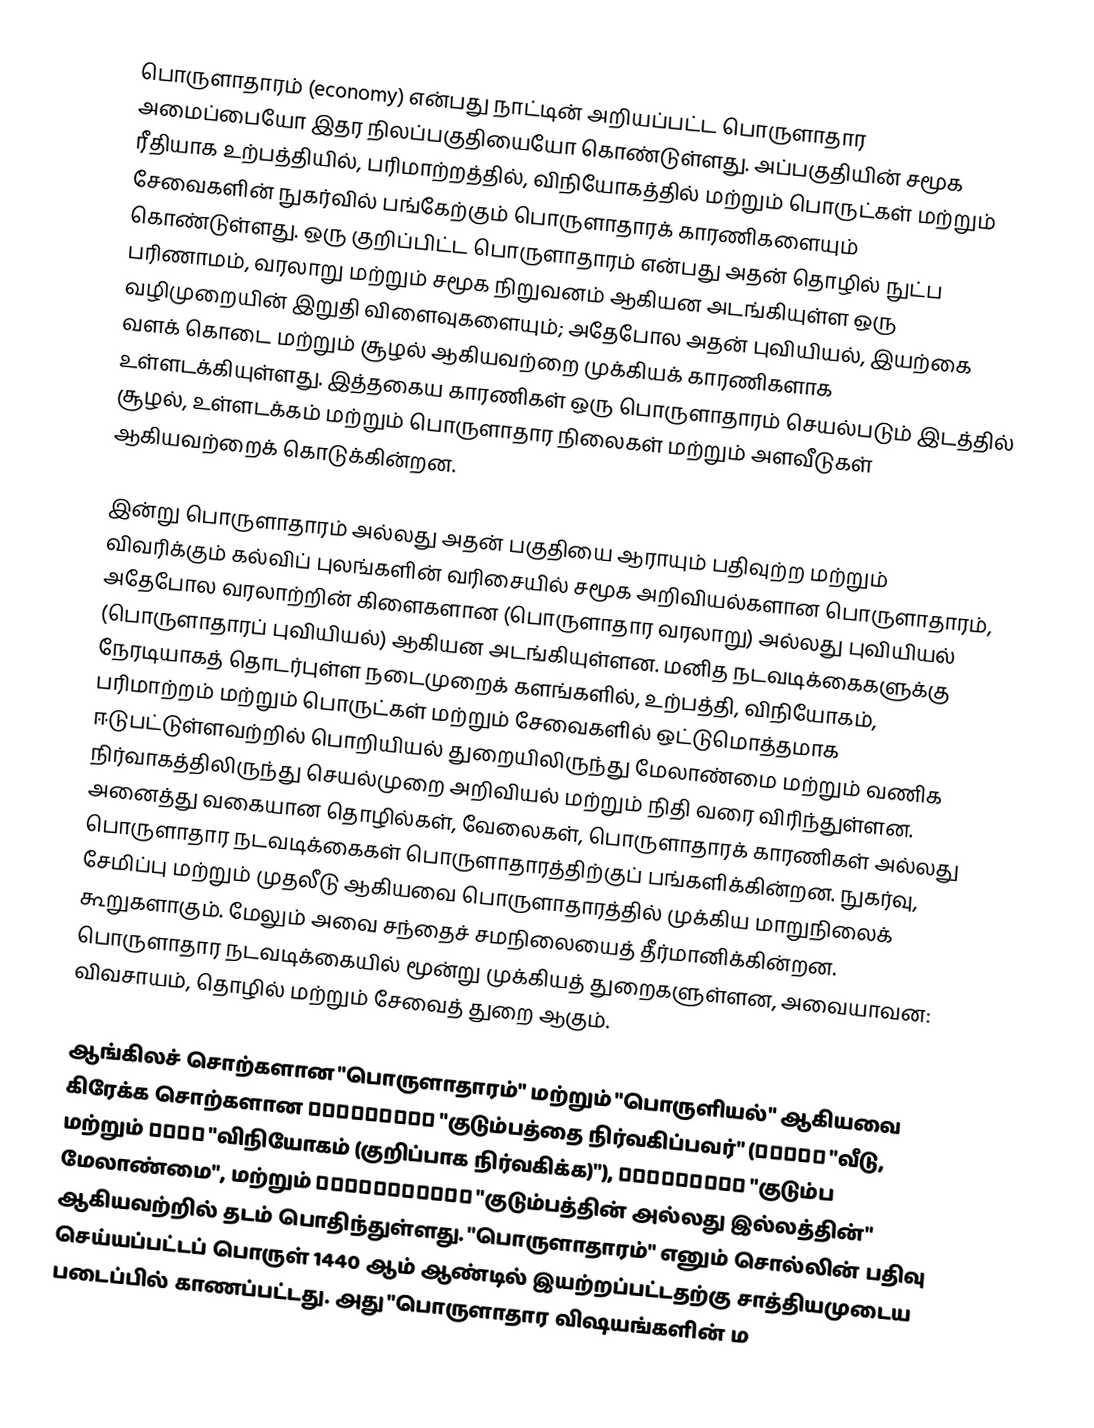
பொருளாதாரம் (economy) என்பது நாட்டின் அறியப்பட்ட பொருளாதார அமைப்பையோ  இதர நிலப்பகுதியையோ கொண்டுள்ளது. அப்பகுதியின் சமூக ரீதியாக உற்பத்தியில், பரிமாற்றத்தில், விநியோகத்தில் மற்றும் பொருட்கள் மற்றும் சேவைகளின் நுகர்வில் பங்கேற்கும் பொருளாதாரக் காரணிகளையும் கொண்டுள்ளது. ஒரு குறிப்பிட்ட பொருளாதாரம் என்பது அதன் தொழில் நுட்ப பரிணாமம், வரலாறு மற்றும் சமூக நிறுவனம் ஆகியன அடங்கியுள்ள ஒரு வழிமுறையின் இறுதி விளைவுகளையும்; அதேபோல அதன் புவியியல், இயற்கை வளக் கொடை மற்றும் சூழல் ஆகியவற்றை முக்கியக் காரணிகளாக உள்ளடக்கியுள்ளது. இத்தகைய காரணிகள் ஒரு பொருளாதாரம் செயல்படும் இடத்தில் சூழல், உள்ளடக்கம் மற்றும் பொருளாதார நிலைகள் மற்றும் அளவீடுகள் ஆகியவற்றைக் கொடுக்கின்றன.

இன்று பொருளாதாரம் அல்லது அதன் பகுதியை ஆராயும் பதிவுற்ற மற்றும் விவரிக்கும் கல்விப் புலங்களின் வரிசையில் சமூக அறிவியல்களான பொருளாதாரம், அதேபோல வரலாற்றின் கிளைகளான (பொருளாதார வரலாறு) அல்லது புவியியல் (பொருளாதாரப் புவியியல்) ஆகியன அடங்கியுள்ளன. மனித நடவடிக்கைகளுக்கு நேரடியாகத் தொடர்புள்ள நடைமுறைக் களங்களில், உற்பத்தி, விநியோகம், பரிமாற்றம் மற்றும் பொருட்கள் மற்றும் சேவைகளில் ஒட்டுமொத்தமாக ஈடுபட்டுள்ளவற்றில்  பொறியியல் துறையிலிருந்து மேலாண்மை மற்றும் வணிக நிர்வாகத்திலிருந்து செயல்முறை அறிவியல் மற்றும் நிதி வரை விரிந்துள்ளன. அனைத்து வகையான தொழில்கள், வேலைகள், பொருளாதாரக் காரணிகள் அல்லது பொருளாதார நடவடிக்கைகள் பொருளாதாரத்திற்குப் பங்களிக்கின்றன. நுகர்வு, சேமிப்பு மற்றும் முதலீடு ஆகியவை பொருளாதாரத்தில் முக்கிய மாறுநிலைக் கூறுகளாகும். மேலும் அவை சந்தைச் சமநிலையைத் தீர்மானிக்கின்றன. பொருளாதார நடவடிக்கையில் மூன்று முக்கியத் துறைகளுள்ளன, அவையாவன: விவசாயம், தொழில் மற்றும் சேவைத் துறை ஆகும்.

ஆங்கிலச் சொற்களான "பொருளாதாரம்" மற்றும் "பொருளியல்" ஆகியவை கிரேக்க சொற்களான οἰκονόμος "குடும்பத்தை நிர்வகிப்பவர்" (οἴκος "வீடு, மற்றும் νέμω "விநியோகம் (குறிப்பாக நிர்வகிக்க)"), οἰκονομία "குடும்ப மேலாண்மை", மற்றும் οἰκονομικός "குடும்பத்தின் அல்லது இல்லத்தின்" ஆகியவற்றில் தடம் பொதிந்துள்ளது. "பொருளாதாரம்" எனும் சொல்லின் பதிவு செய்யப்பட்டப் பொருள் 1440 ஆம் ஆண்டில் இயற்றப்பட்டதற்கு சாத்தியமுடைய படைப்பில் காணப்பட்டது. அது "பொருளாதார விஷயங்களின் ம